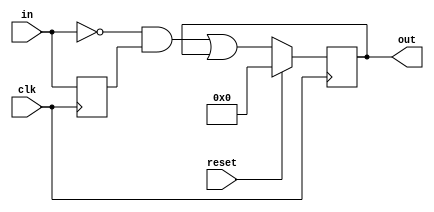
module top_module (
    input clk,
    input reset,
    input [31:0] in,
    output reg [31:0] out
);
    reg [31:0] intermediate;
    
    always @ (posedge clk) begin
        intermediate <= in;
        if (reset)
            out <= 32'b0;
        else 
            out <= (~in & intermediate) | out ;
    end

endmodule